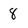
Character: 8